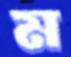
ম